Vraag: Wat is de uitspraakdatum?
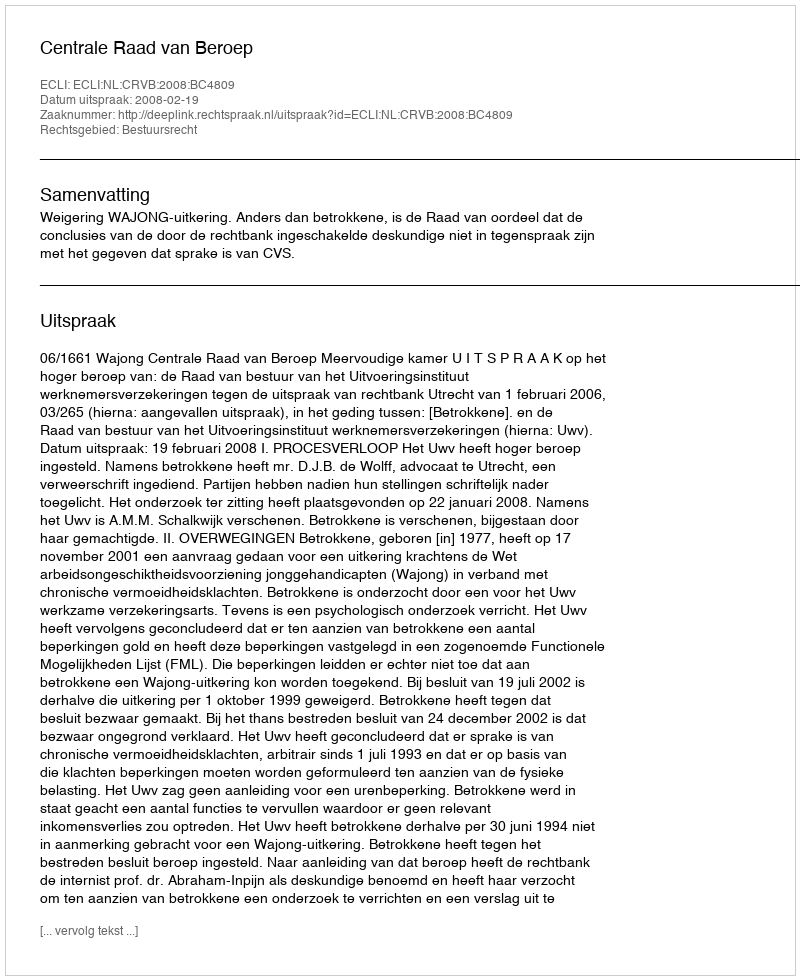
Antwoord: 2008-02-19